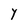
Character: Y